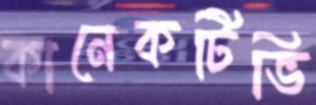
কানেকটিভি